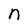
Character: n